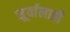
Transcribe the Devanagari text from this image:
सूर्यालाही